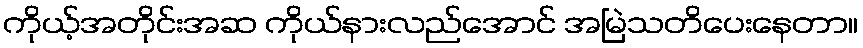
ကိုယ့်အတိုင်းအဆ ကိုယ်နားလည်အောင် အမြဲသတိပေးနေတာ။